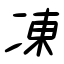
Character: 凍